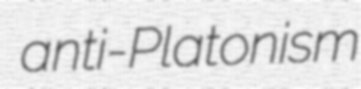
anti-Platonism